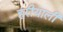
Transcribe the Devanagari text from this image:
हरीयाली